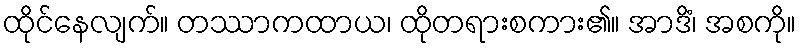
ထိုင်နေလျက်။ တဿာကထာယ၊ ထိုတရားစကား၏။ အာဒိံ၊ အစကို။